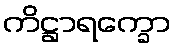
ကိဋ္ဌာရက္ခော